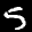
Label: 5